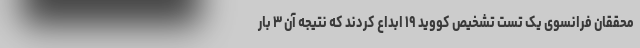
محققان فرانسوی یک تست تشخیص کووید ۱۹ ابداع کردند که نتیجه آن ۳ بار